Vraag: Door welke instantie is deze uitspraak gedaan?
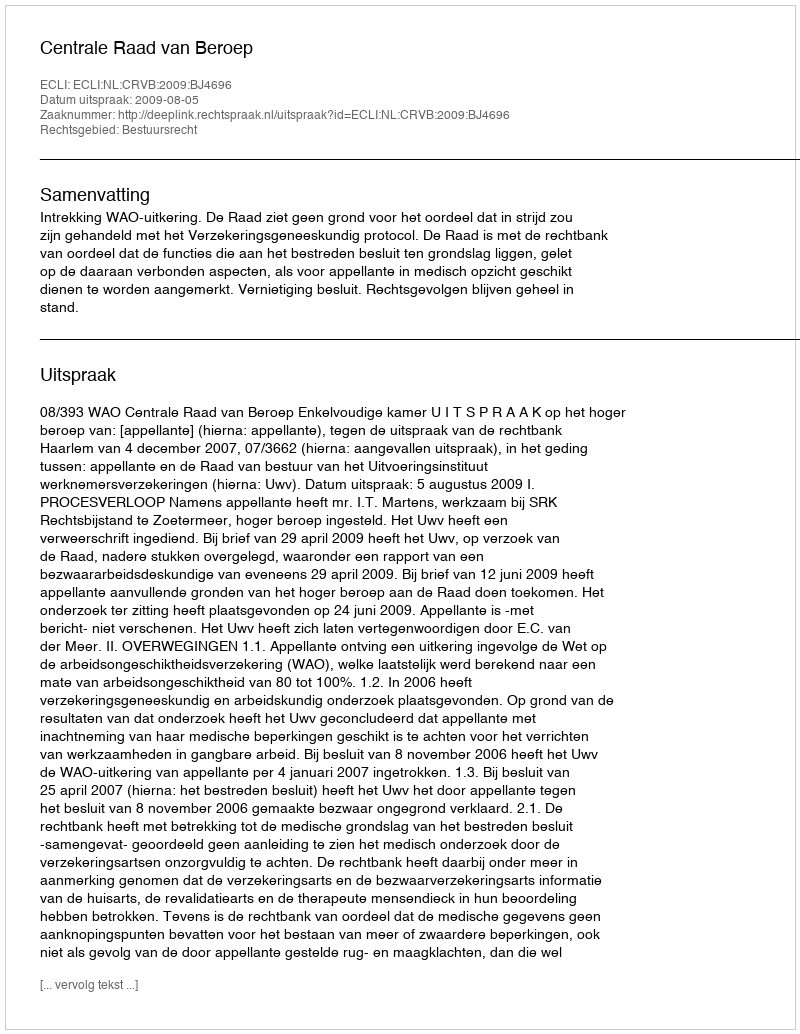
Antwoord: Centrale Raad van Beroep